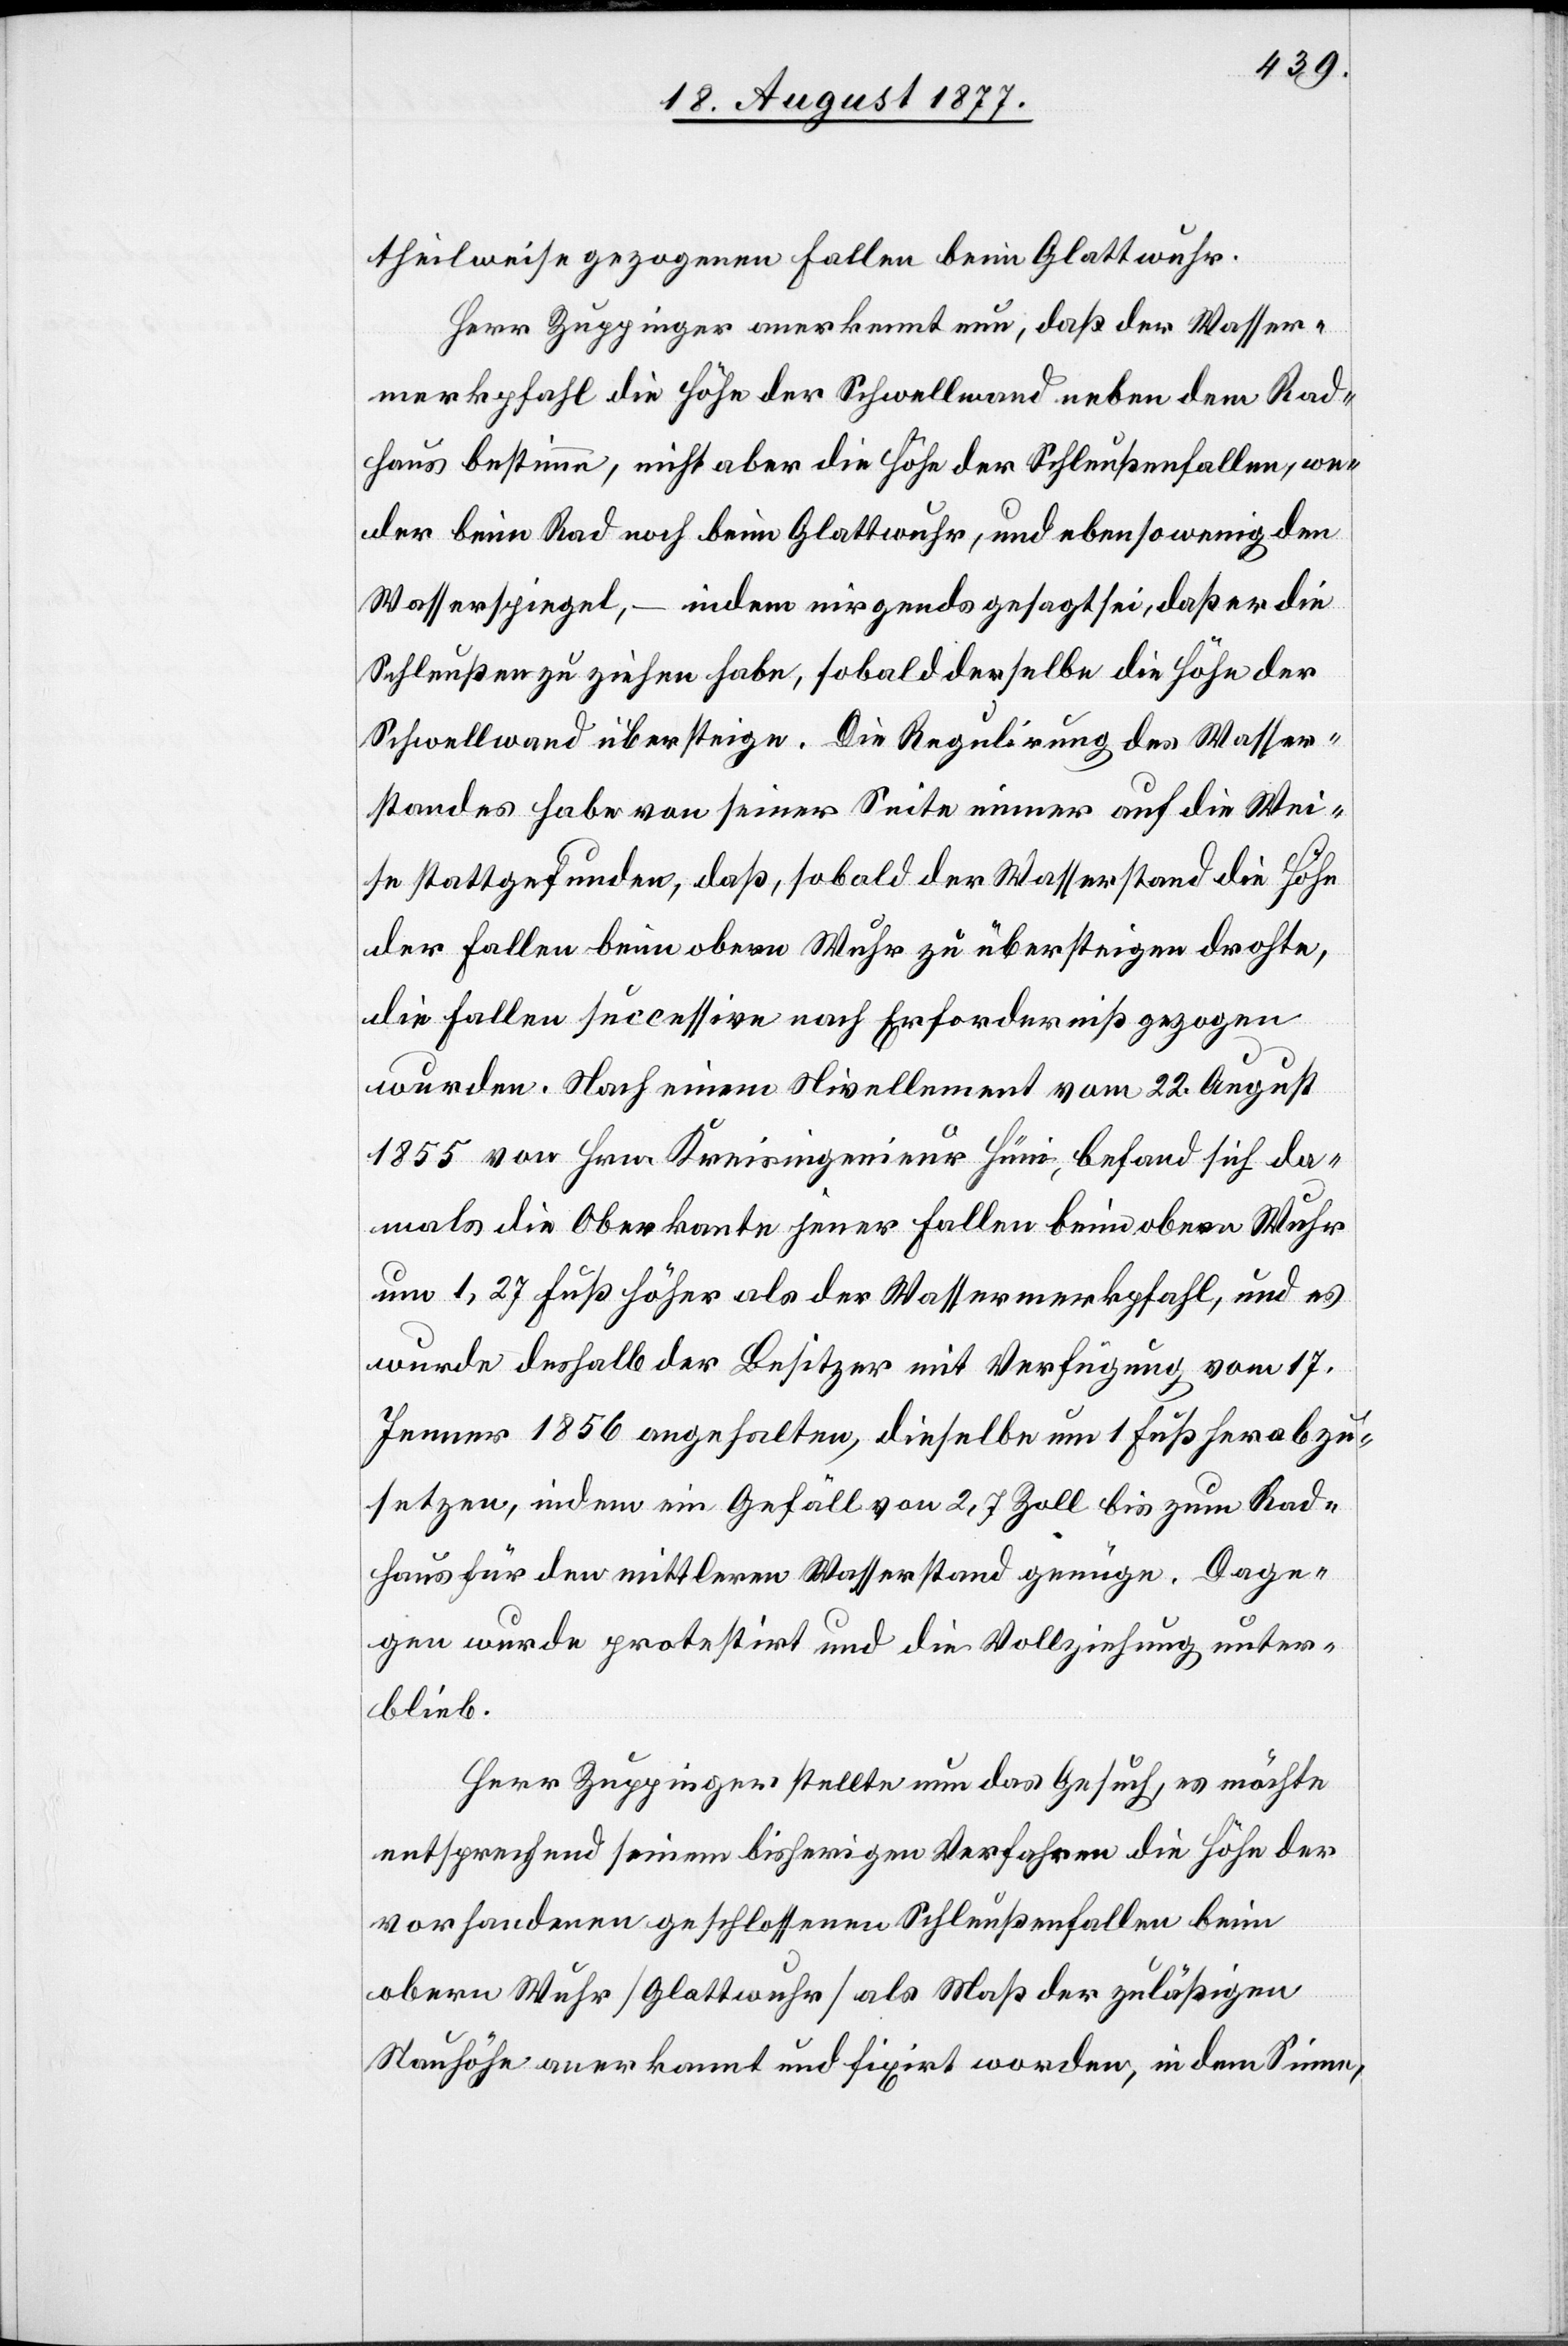
theilweise gezogenen Fallen beim Glattwuhr.
Herr Zuppinger anerkennt nun, daß der Wasser¬
merkpfahl die Höhe der Schwellwand neben dem Rad¬
haus bestimme, nicht aber die Höhe der Schleußenfallen, we¬
der beim Rad noch beim Glattwuhr, und ebensowenig den
Wasserspiegel, – indem nirgends gesagt sei, daß er die
Schleußen zu ziehen habe, sobald derselbe die Höhe der
Schwellwand übersteige. Die Regulirung des Wasser¬
standes habe von seiner Seite immer auf die Wei¬
se stattgefunden, daß, sobald der Wasserstand die Höhe
der Fallen beim obern Wuhr zu übersteigen drohte,
die Fallen successive nach Erforderniß gezogen
wurden. Nach einem Nivellement vom 22. August
1855 von Hrn. Kreisingenieur Hüni, befand sich da¬
mals die Oberkante jener Fallen beim obern Wuhr
um 1,27 Fuß höher als der Wassermerkpfahl, und es
wurde deshalb der Besitzer mit Verfügung vom 17.
Jenner 1856 angehalten, dieselbe um 1 Fuß herabzu¬
setzen, indem ein Gefäll von 2,7 Zoll bis zum Rad¬
haus für den mittleren Wasserstand genüge. Dage¬
gen wurde protestirt und die Vollziehung unter¬
blieb.
Herr Zuppinger stellte nun das Gesuch, es möchte
entsprechend seinem bisherigen Verfahren die Höhe der
vorhandenen geschlossenen Schleußenfallen beim
obern Wuhr [Glattwuhr] als Maß der zuläßigen
Stauhöhe anerkannt und fixirt worden [recte: